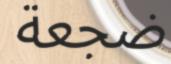
ضجعة